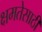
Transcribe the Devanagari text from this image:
क्षमतेसाठी